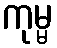
ကုမ္မ